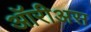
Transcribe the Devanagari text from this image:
ऑरीअस